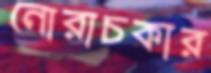
নোরাচকার